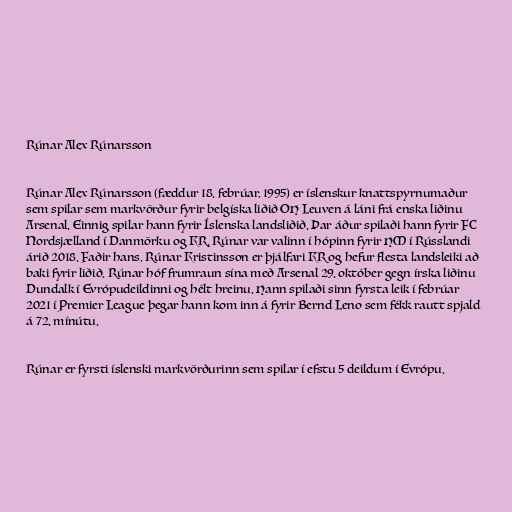
Rúnar Alex Rúnarsson

Rúnar Alex Rúnarsson (fæddur 18. febrúar, 1995) er íslenskur knattspyrnumaður
sem spilar sem markvörður fyrir belgíska liðið OH Leuven á láni frá enska liðinu
Arsenal. Einnig spilar hann fyrir Íslenska landsliðið. Þar áður spilaði hann fyrir FC
Nordsjælland í Danmörku og KR. Rúnar var valinn í hópinn fyrir HM í Rússlandi
árið 2018. Faðir hans, Rúnar Kristinsson er þjálfari KR og hefur flesta landsleiki að
baki fyrir liðið. Rúnar hóf frumraun sína með Arsenal 29. október gegn írska liðinu
Dundalk í Evrópudeildinni og hélt hreinu. Hann spilaði sinn fyrsta leik í febrúar
2021 í Premier League þegar hann kom inn á fyrir Bernd Leno sem fékk rautt spjald
á 72. mínútu.

Rúnar er fyrsti íslenski markvörðurinn sem spilar í efstu 5 deildum í Evrópu.